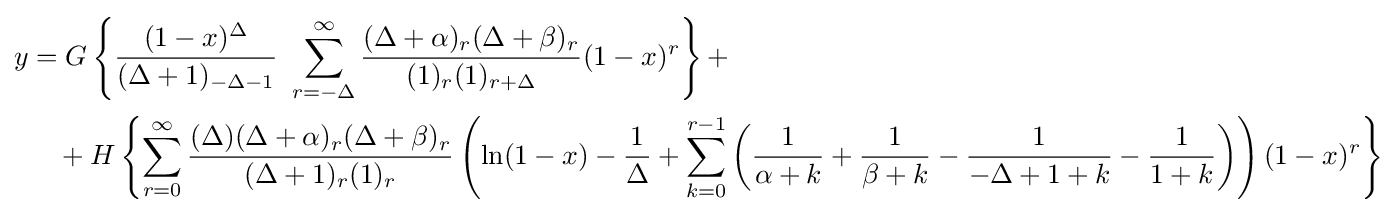
{\begin{aligned}y&=G\left\{{\frac {(1-x)^{\Delta }}{(\Delta +1)_{-\Delta -1}}}\ \sum _{r=-\Delta }^{\infty }{\frac {(\Delta +\alpha )_{r}(\Delta +\beta )_{r}}{(1)_{r}(1)_{r+\Delta }}}(1-x)^{r}\right\}+\\&\quad +H\left\{\sum _{r=0}^{\infty }{\frac {(\Delta )(\Delta +\alpha )_{r}(\Delta +\beta )_{r}}{(\Delta +1)_{r}(1)_{r}}}\left(\ln(1-x)-{\frac {1}{\Delta }}+\sum _{k=0}^{r-1}\left({\frac {1}{\alpha +k}}+{\frac {1}{\beta +k}}-{\frac {1}{-\Delta +1+k}}-{\frac {1}{1+k}}\right)\right)(1-x)^{r}\right\}\end{aligned}}